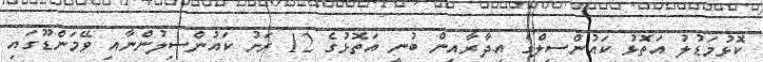
ކޮޅުމަޑުލު އަތޮޅު ކައުންސިލްގެ އިދާރާއިން ބުނީ އަތޮޅުގެ 12 ރަށު ކައުންސިލުންނާއި ވޭމަންޑޫގައި